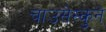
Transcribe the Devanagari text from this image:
चाउसेस्कुने